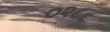
૦૨૮૬